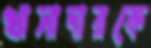
খাসাদারকে